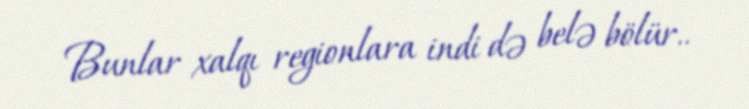
Bunlar xalqı regionlara indi də belə bölür..